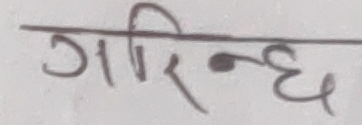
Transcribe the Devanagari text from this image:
गरिन्छ